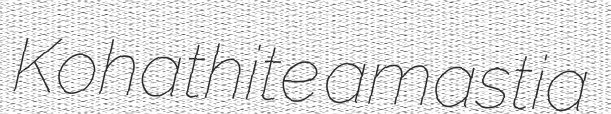
Kohathite amastia